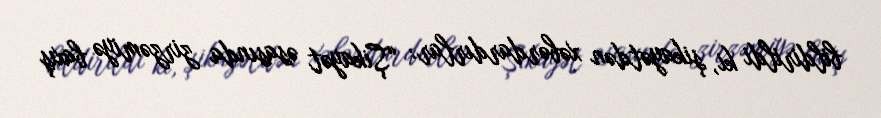
bildirildi ki, şikayətdən xəbərdardırlar: “Şikayət əsasında zirzəmiyə baxış